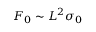
F _ { 0 } \sim L ^ { 2 } \sigma _ { 0 }